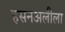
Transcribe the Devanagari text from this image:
हसनअलीला